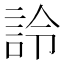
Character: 詅